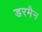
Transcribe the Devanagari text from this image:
डरमैन